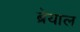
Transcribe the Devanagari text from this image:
ब्रेयाल